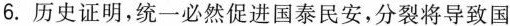
6.历史证明，统一必然促进国泰民安，分裂将导致国